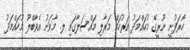
ހޯރަފުށީ ނޫރީގޭ މުހައްމަދު އަރުހަމް މަރާލި މައްސަލާގައި ލ. މާވަށު އެވާބްލޫ މުހައްމަދު